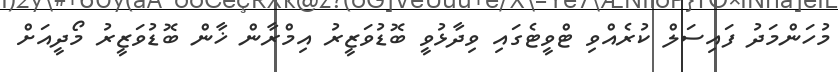
މުހަންމަދު ފައިސަލް ކުރެއްވި ޓްވީޓެގައި ވިދާޅުވީ ބޮޑުވަޒީރު އިމްރާން ޚާން ބޮޑުވަޒީރު މޯދީއަށް